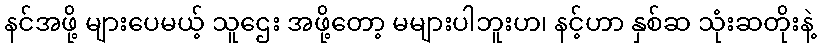
နင်အဖို့ များပေမယ့် သူဌေး အဖို့တော့ မများပါဘူးဟ၊ နင့်ဟာ နှစ်ဆ သုံးဆတိုးနဲ့